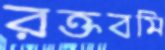
রক্তবমি